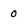
Character: O